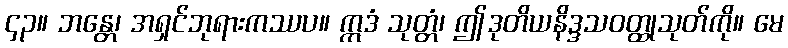
၄၃။ ဘန္တေ၊ အရှင်ဘုရားကဿပ။ ဣဒံ သုတ္တံ၊ ဤဒုတိယနိဒ္ဒသဝတ္ထုသုတ်ကို။ မေ